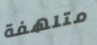
متلهفة